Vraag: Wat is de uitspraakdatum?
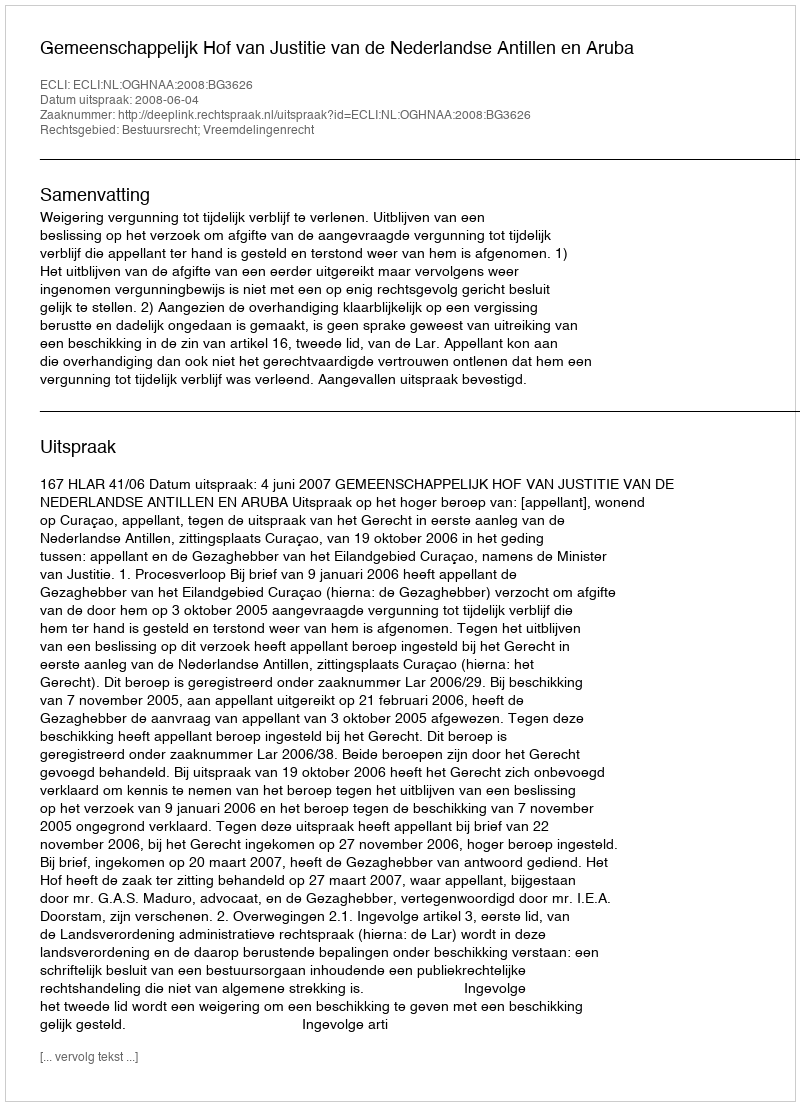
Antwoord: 2008-06-04